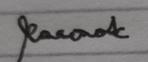
Signature authenticity: genuine